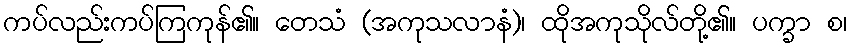
ကပ်လည်းကပ်ကြကုန်၏။ တေသံ (အကုသလာနံ)၊ ထိုအကုသိုလ်တို့၏။ ပက္ခာ စ၊